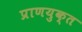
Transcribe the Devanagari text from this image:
प्राणयुक्त